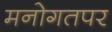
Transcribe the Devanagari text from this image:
मनोगतपर